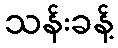
သန်းခန့်